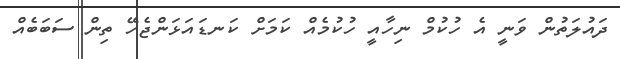
ދައުލަތުން ވަނީ އެ ހުކުމް ނިހާއީ ހުކުމެއް ކަމަށް ކަނޑައަޅަންޖެހޭ ތިން ސަބަބެއް